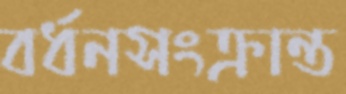
বর্ধনসংক্রান্ত